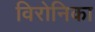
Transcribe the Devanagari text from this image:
विरोनिका